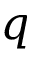
q